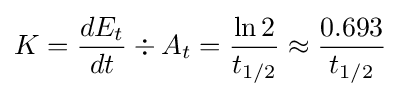
K={dE_{t} \over dt}\div A_{t}={\frac {\ln 2}{t_{1/2}}}\approx {\frac {0.693}{t_{1/2}}}